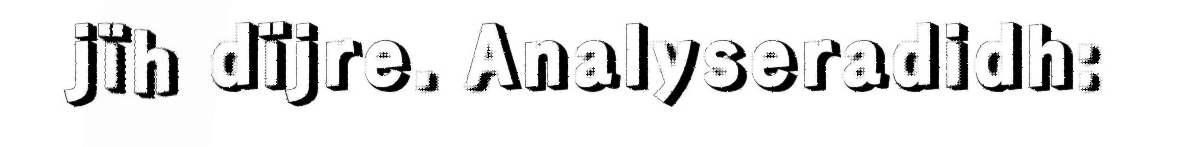
jïh dïjre. Analyseradidh: